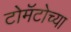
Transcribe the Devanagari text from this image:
टोमॅटोच्या